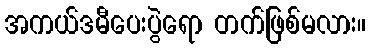
အကယ်ဒမီပေးပွဲရော တက်ဖြစ်မလား။